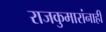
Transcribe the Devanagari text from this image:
राजकुमारांनाही